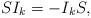
LaTeX: \begin{align*} SI_{k}=-I_{k}S,\end{align*}